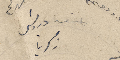
اسعد درويش زكريا